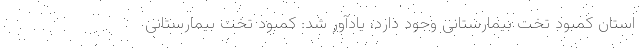
استان کمبود تخت بیمارستانی وجود دارد، یادآور شد: کمبود تخت بیمارستانی